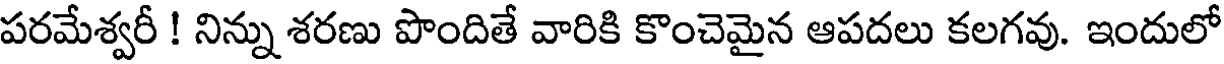
పరమేశ్వరీ ! నిన్ను శరణు పొందితే వారికి కొంచెమైన ఆపదలు కలగవు. ఇందులో